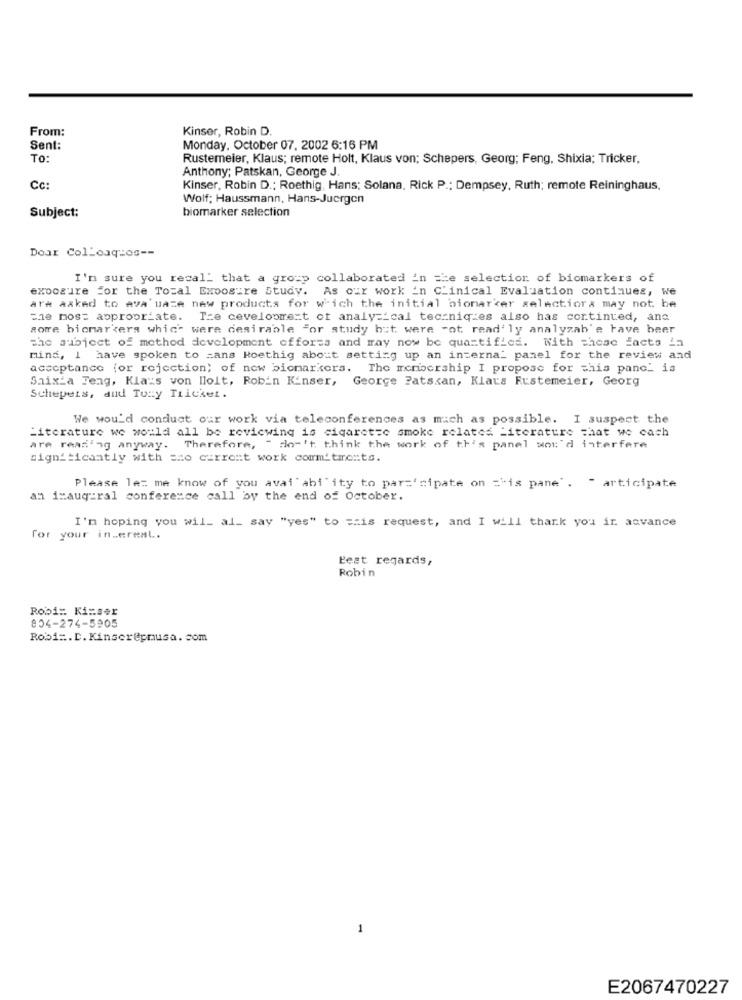
From:
Kinser, Robin D
Sent:
Monday, October 07, 2002 6:16 PM
To:
Rustemeier, Klaus; remote Holt, Klaus von; Schepers, Georg; Feng, Shixia; Tricker,
Anthony; Patskan, George J.
Cc:
Kinser, Robin D .: Roethig, Hans; Solana, Rick P .: Dempsey, Ruth; remote Reininghaus,
Wolf; Haussmann, Hans-Juergen
biomarker selection
Subject:
Doar Colloaquos --
I'm sure you recal' that a group collaborated in the selection of biomarkers of
exposure for the Toral Exposure Study. As our work in Clinical Evaluation continues, We
are asked to ava uaze new products for w'ich the initial biomarker selectiora may not be
the most appropriate.
Tre ceveloomext of analy =_ cal techniques also has continued, and
aore bicmarkera which were desirable For study hit were -ot read' ly analyzab'e have beer
the subject of method development offorza and may now be quantified. With these facts ia
mind, I have spoken to =ans Roethig about setting up an internal panel for the review and
acceptance (or rejection) of new biomarkers. The membership I propose for this panc_ is
Shixia Teag, Klaus von Holt, Robin Kinser, George Patscan, Klaus Fustemeier, Georg
Schepers, and Tony Tricket.
We would conduct our work via teleconferences as much as possible. I suspect the
Literature we would all be reviewing is cigarette smoke relates Literature that we cach
are reading anyway. Therefore, " don't think the work of th's panel wot'd interfere
significantly with =no current work comm'trre :: ta.
Please let me know of you avai ability to par='cipate on ='is pane'. " articipate
an inaugural conference call by the end of October.
I'm hoping you wil_ al_ say "yes" to == is request, and I will thank you in advance
for your interest.
Best regards,
Robin
Robi: Kisser
804-274-5905
Robi =. D. Kinscrepmusa. com
1
E2067470227